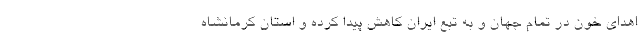
اهدای خون در تمام جهان و به تبع ایران کاهش پیدا کرده و استان کرمانشاه